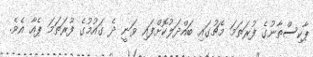
ޕާކިސްތާނުގެ ފުރަތަމަ މެޗުގައި ބައްދަލުކޮށްފައި ވަނީ ދެ ގައުމުގެ ފުރަތަމަ ޕެއާ އެވެ.